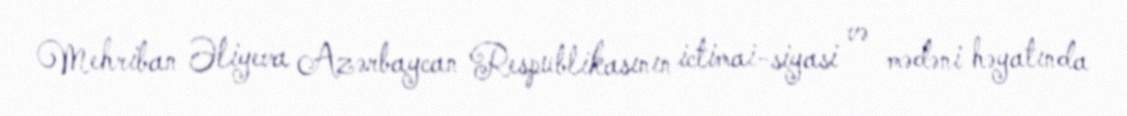
Mehriban Əliyeva Azərbaycan Respublikasının ictimai-siyasi və mədəni həyatında